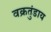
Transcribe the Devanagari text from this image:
वक्रतुंडाय